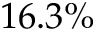
1 6 . 3 \%